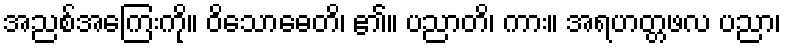
အညစ်အကြေးကို။ ဝိသောဓေတိ၊ ၏။ ပညာတိ၊ ကား။ အရဟတ္တဖလ ပညာ၊